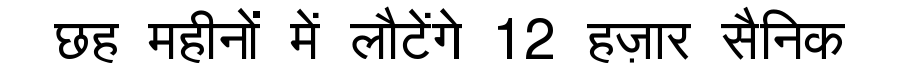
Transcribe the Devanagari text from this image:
छह महीनों में लौटेंगे 12 हज़ार सैनिक